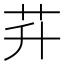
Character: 𦬱